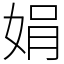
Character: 娟